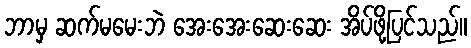
ဘာမှ ဆက်မမေးဘဲ အေးအေးဆေးဆေး အိပ်ဖို့ပြင်သည်။